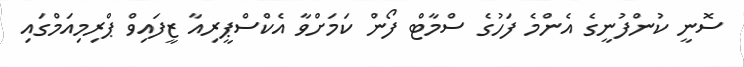
ސޮނީ ކުންފުނީގެ އެންމެ ފަހުގެ ސްމާޓް ފޯން ކަަމަށްވާ އެކްސްޕީރިއާ ޒީފައިވް ޕްރިމިއަމްގައި